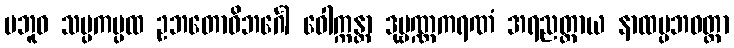
ဗဘူဝ သမ္ပကမ္ပထ ဥဘတောဝိဘင်္ဂေါ ဝေါက္ကန္တာ ဒုဗ္ဗဏ္ဏကရဏံ အရညတ္ထာယ နာထပ္ပဘဝတ္တာ